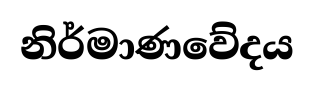
නිර්මාණවේදය